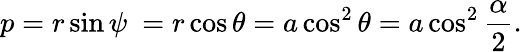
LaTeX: p=r\sin\psi\ =r\cos\theta=a\cos^{2}\theta=a\cos^{2}{\frac{\alpha}{2}}.